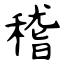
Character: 稽